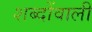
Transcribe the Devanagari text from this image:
शब्दोंवाली